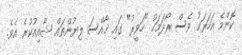
ކޮންމެ އަހަރަކު ވެސް ރޯދަމަހު "ހަވީރު" ގައި ޚާއްސަ ލިޔުންތައް ޝާއިއުކުރެ އެވެ.